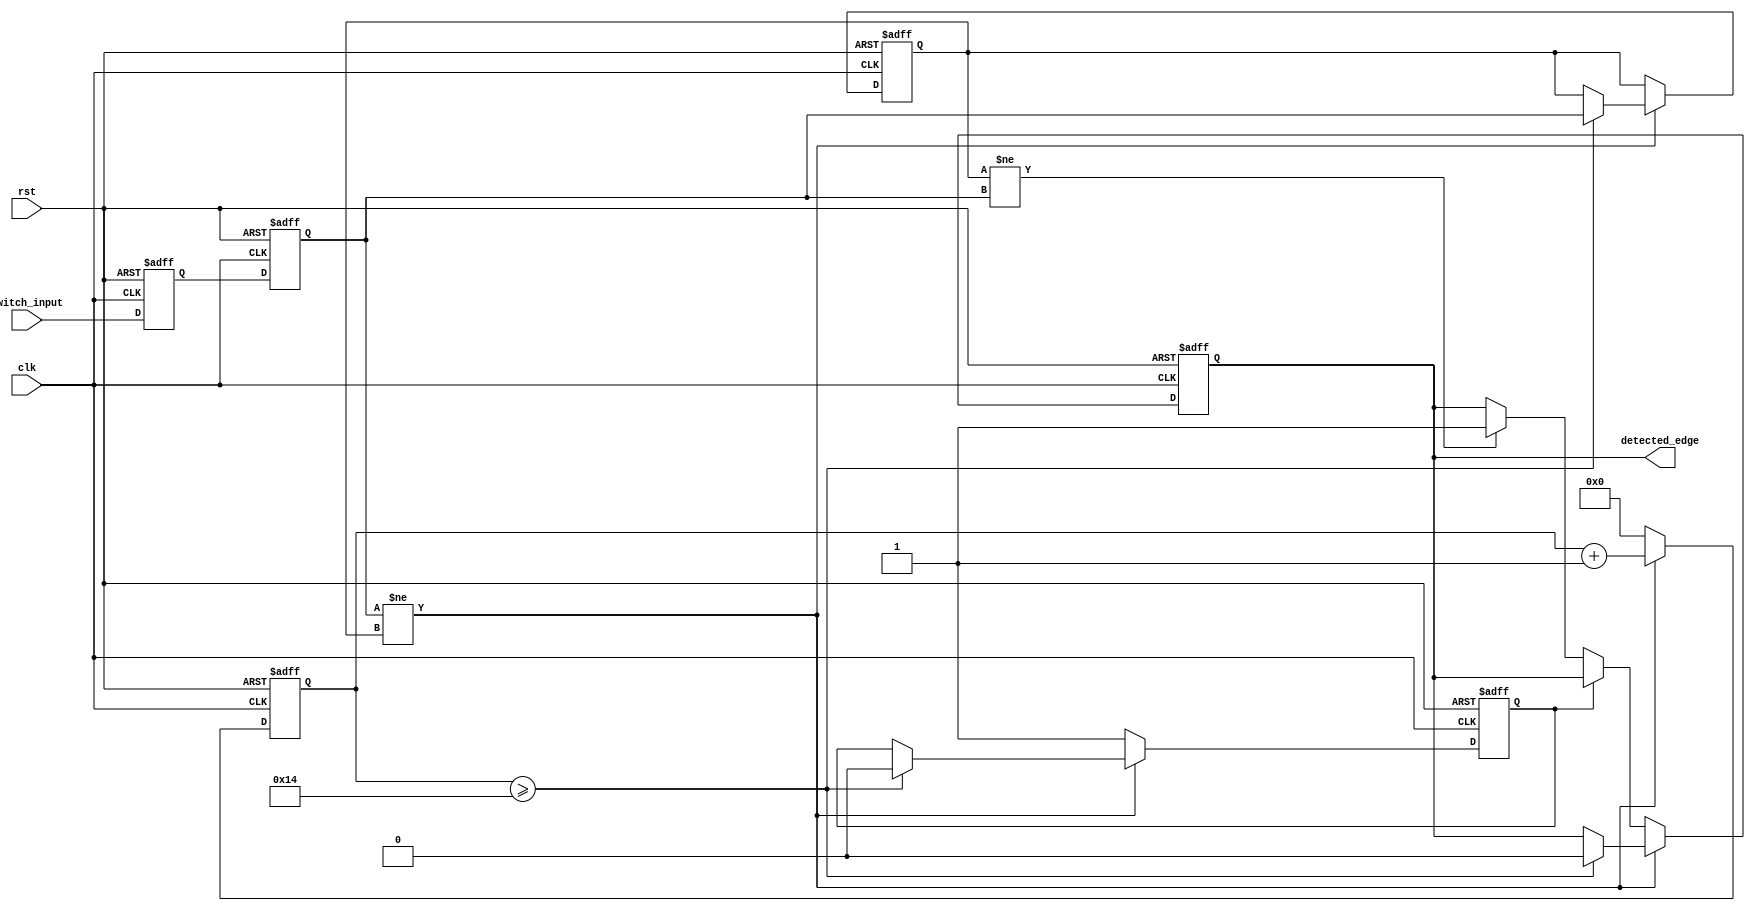
module DebouncedEdgeDetector (
    input wire clk,                // Clock input
    input wire rst,                // Asynchronous reset
    input wire switch_input,       // Raw signal from mechanical switch
    output reg detected_edge       // Clean output signal indicating valid edge
);

    parameter DEBOUNCE_TIME = 20;  // Debounce period (in clock cycles)
    reg [3:0] count;                // Counter for debounce timing
    reg stable_state;               // Last stable state of the switch
    reg debounce_stable;            // Indicates if the signal is stable
    reg switch_input_prev;          // Previous state of raw switch input

    // Synchronize switch_input to clk domain
    reg switch_input_sync_1, switch_input_sync_2;
    
    always @(posedge clk or posedge rst) begin
        if (rst) begin
            switch_input_sync_1 <= 0;
            switch_input_sync_2 <= 0;
        end else begin
            switch_input_sync_1 <= switch_input;
            switch_input_sync_2 <= switch_input_sync_1;
        end
    end

    // Debounce logic
    always @(posedge clk or posedge rst) begin
        if (rst) begin
            count <= 0;
            stable_state <= 0;
            debounce_stable <= 1; // Initial stable state
            detected_edge <= 0;    // Clear detected edge
        end else begin
            // Check for state change
            if (switch_input_sync_2 != stable_state) begin
                // If there is a change, increment count
                count <= count + 1;

                // Check if we reached debounce time
                if (count >= DEBOUNCE_TIME) begin
                    stable_state <= switch_input_sync_2; // Update stable state
                    debounce_stable <= 0; // Signal instability
                    detected_edge <= 0; // Reset detected edge
                end
            end else begin
                // Reset counter if stable
                count <= 0;
                debounce_stable <= 1; // Signal stability

                if (debounce_stable == 0) begin
                    if (stable_state != switch_input_sync_2) begin
                        detected_edge <= 1; // Edge detected
                    end
                end
            end
        end
    end

endmodule